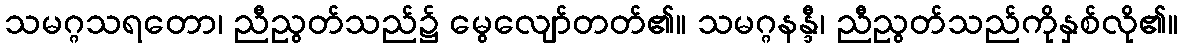
သမဂ္ဂသရတော၊ ညီညွတ်သည်၌ မွေလျော်တတ်၏။ သမဂ္ဂနန္ဒီ၊ ညီညွတ်သည်ကိုနှစ်လို၏။